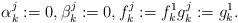
LaTeX: \begin{align*} \alpha_k^j:=0, \beta_k^j:=0, f_k^j:=f_k^1 g_k^j:=g_k^1.\end{align*}